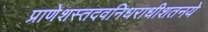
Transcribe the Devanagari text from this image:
प्राणेशस्तदवनिधराधीशतनये